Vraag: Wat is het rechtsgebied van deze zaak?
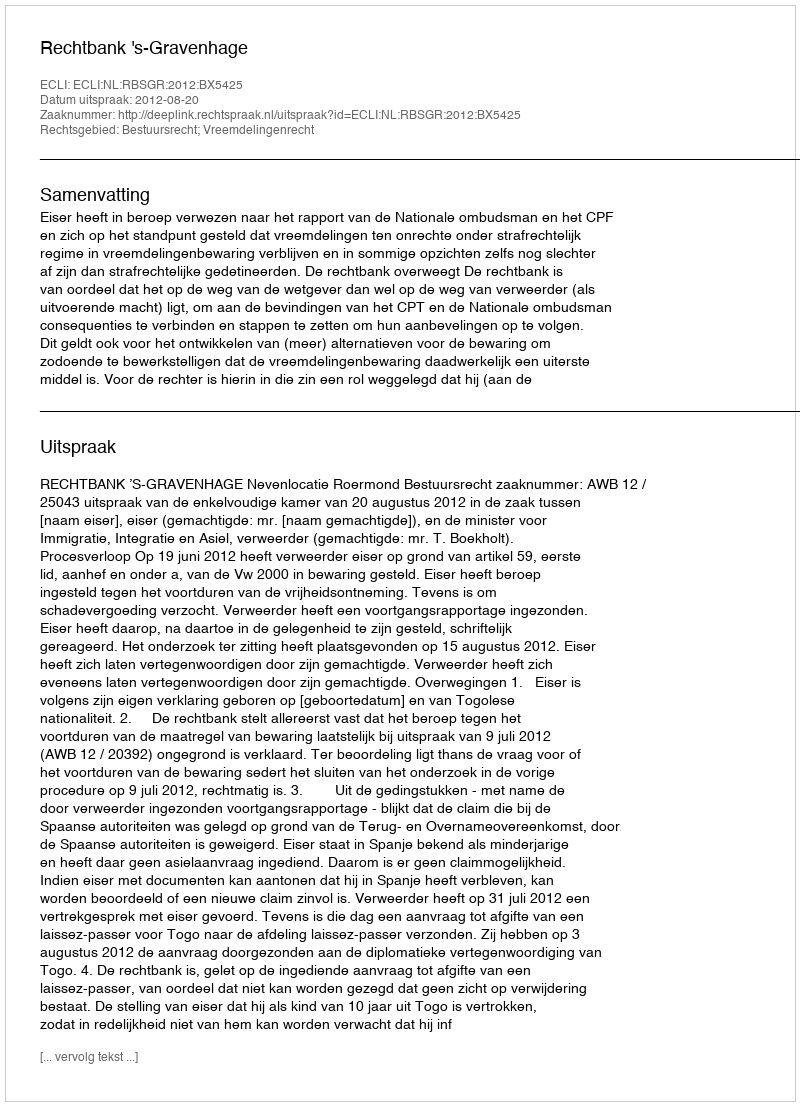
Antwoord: Bestuursrecht; Vreemdelingenrecht